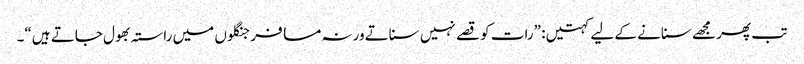
تب پھر مجھے سنانے کے لیے کہتیں : ”رات کو قصے نہیں سناتے ورنہ مسافر جنگلوں میں راستہ بھول جاتے ہیں“۔